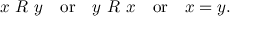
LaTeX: x \ R \ y \quad { \mathrm { o r } } \quad y \ R \ x \quad { \mathrm { o r } } \quad x = y .